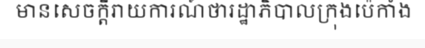
មានសេចក្តីរាយការណ៍ថារដ្ឋាភិបាលក្រុងប៉េកាំង